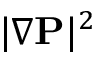
| \nabla { \bf P } | ^ { 2 }